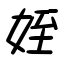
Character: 姪